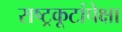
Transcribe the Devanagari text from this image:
राष्ट्रकूटांपेक्षा